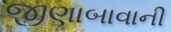
જીણાબાવાની